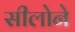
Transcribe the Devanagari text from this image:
सीलोने